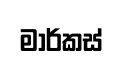
මාර්කස්